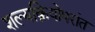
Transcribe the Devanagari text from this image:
शल्यक्रियोपरांत